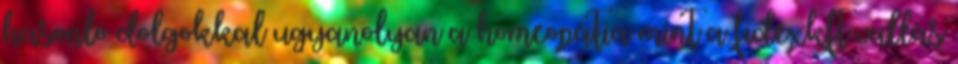
hasonló dolgokkal ugyanolyan a homeopátia mint a fidexkft vallás